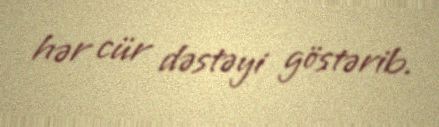
hər cür dəstəyi göstərib.